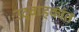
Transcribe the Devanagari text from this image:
उद्वाहकांत